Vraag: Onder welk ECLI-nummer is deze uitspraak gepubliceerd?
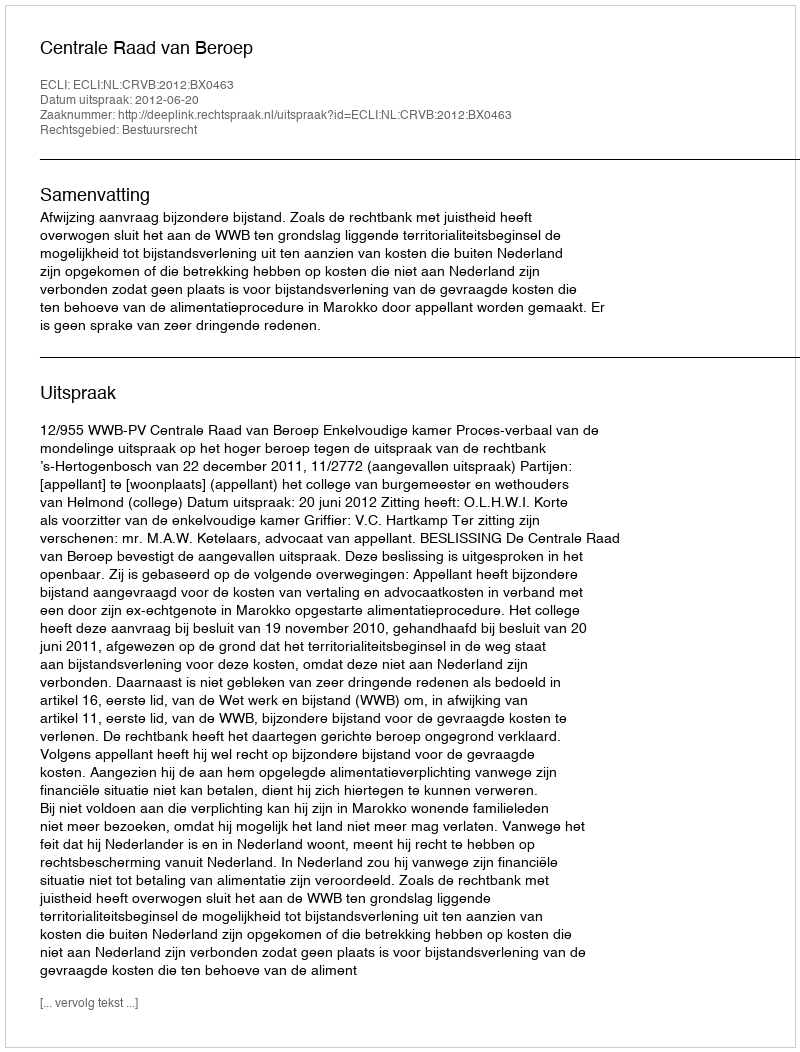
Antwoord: ECLI:NL:CRVB:2012:BX0463